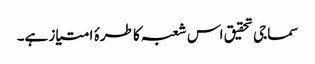
سماجی تحقیق اس شعبہ کا طرۂ امتیاز ہے۔